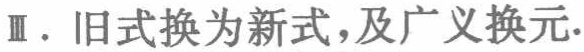
Ⅲ. 旧式换为新式，及广义换元.